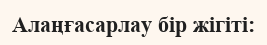
Алаңғасарлау бір жігіті: